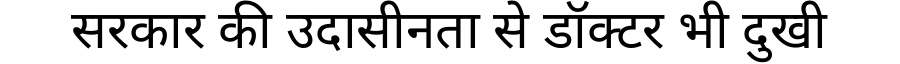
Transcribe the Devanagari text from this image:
सरकार की उदासीनता से डॉक्टर भी दुखी